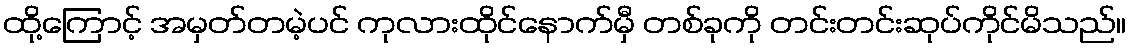
ထို့ကြောင့် အမှတ်တမဲ့ပင် ကုလားထိုင်နောက်မှီ တစ်ခုကို တင်းတင်းဆုပ်ကိုင်မိသည်။